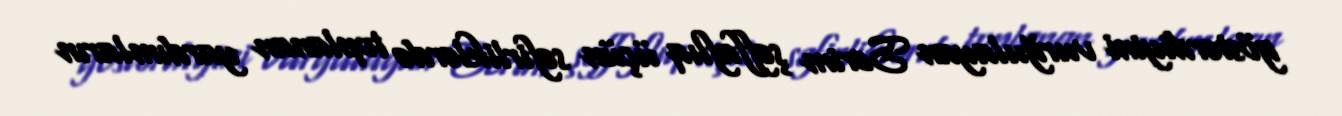
göstərdiyini vurğulayan Serim şəffaflıq üçün səfirliklərdə toplanan yardımların